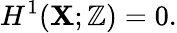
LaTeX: H^{1}(\mathbf{X};\mathbb{{Z}})=0.